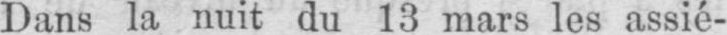
Dans la nuit du 13 mars les assié-